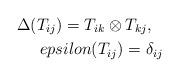
LaTeX: \begin{align*}\Delta (T_{ij})=T_{ik}\otimes T_{kj},\ \ \\epsilon (T_{ij})=\delta_{ij}\end{align*}